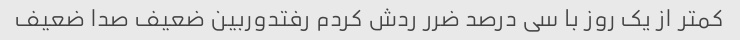
کمتر از یک روز با سی درصد ضرر ردش کردم رفتدوربین ضعیف صدا ضعیف